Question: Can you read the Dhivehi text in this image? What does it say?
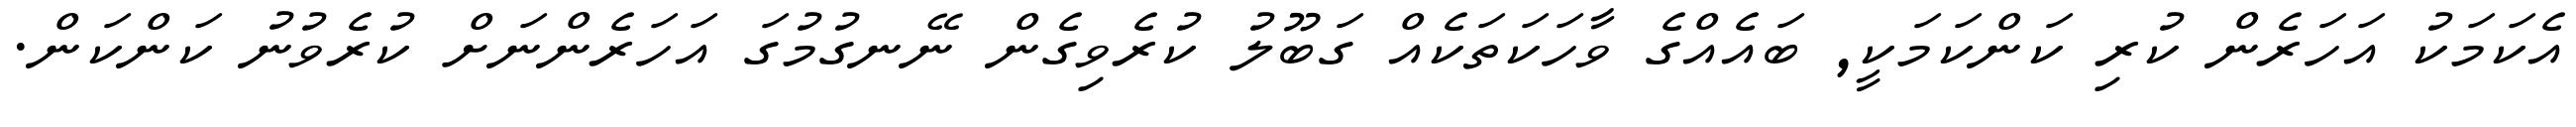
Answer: އެކަމަކު އަހަރެން ކުރި ކަންކަމަކީ, ބައެއްގެ ވާހަކަތަކެއް ގަބޫލު ކުރެވިގެން ނޭނގުމުގަ އަހަރެންނަށް ކުރެވުނު ކަންކަން.